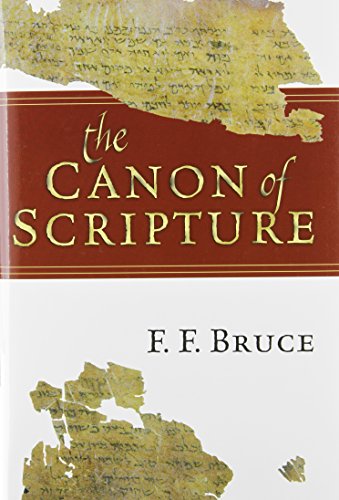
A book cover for The Canon of Scripture; F. F. Bruce; Reference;